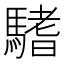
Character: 𩥂